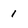
Character: 1